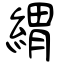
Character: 緭